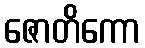
ဇောတိကော